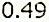
0.49